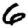
Digit: 6